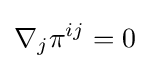
\nabla _{j}\pi ^{ij}=0